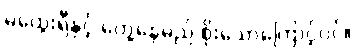
မထွေးရီနှင့် တွေ့နေမည် စိုးသောကြောင့်ပင်။